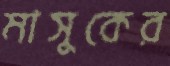
মাসুকের